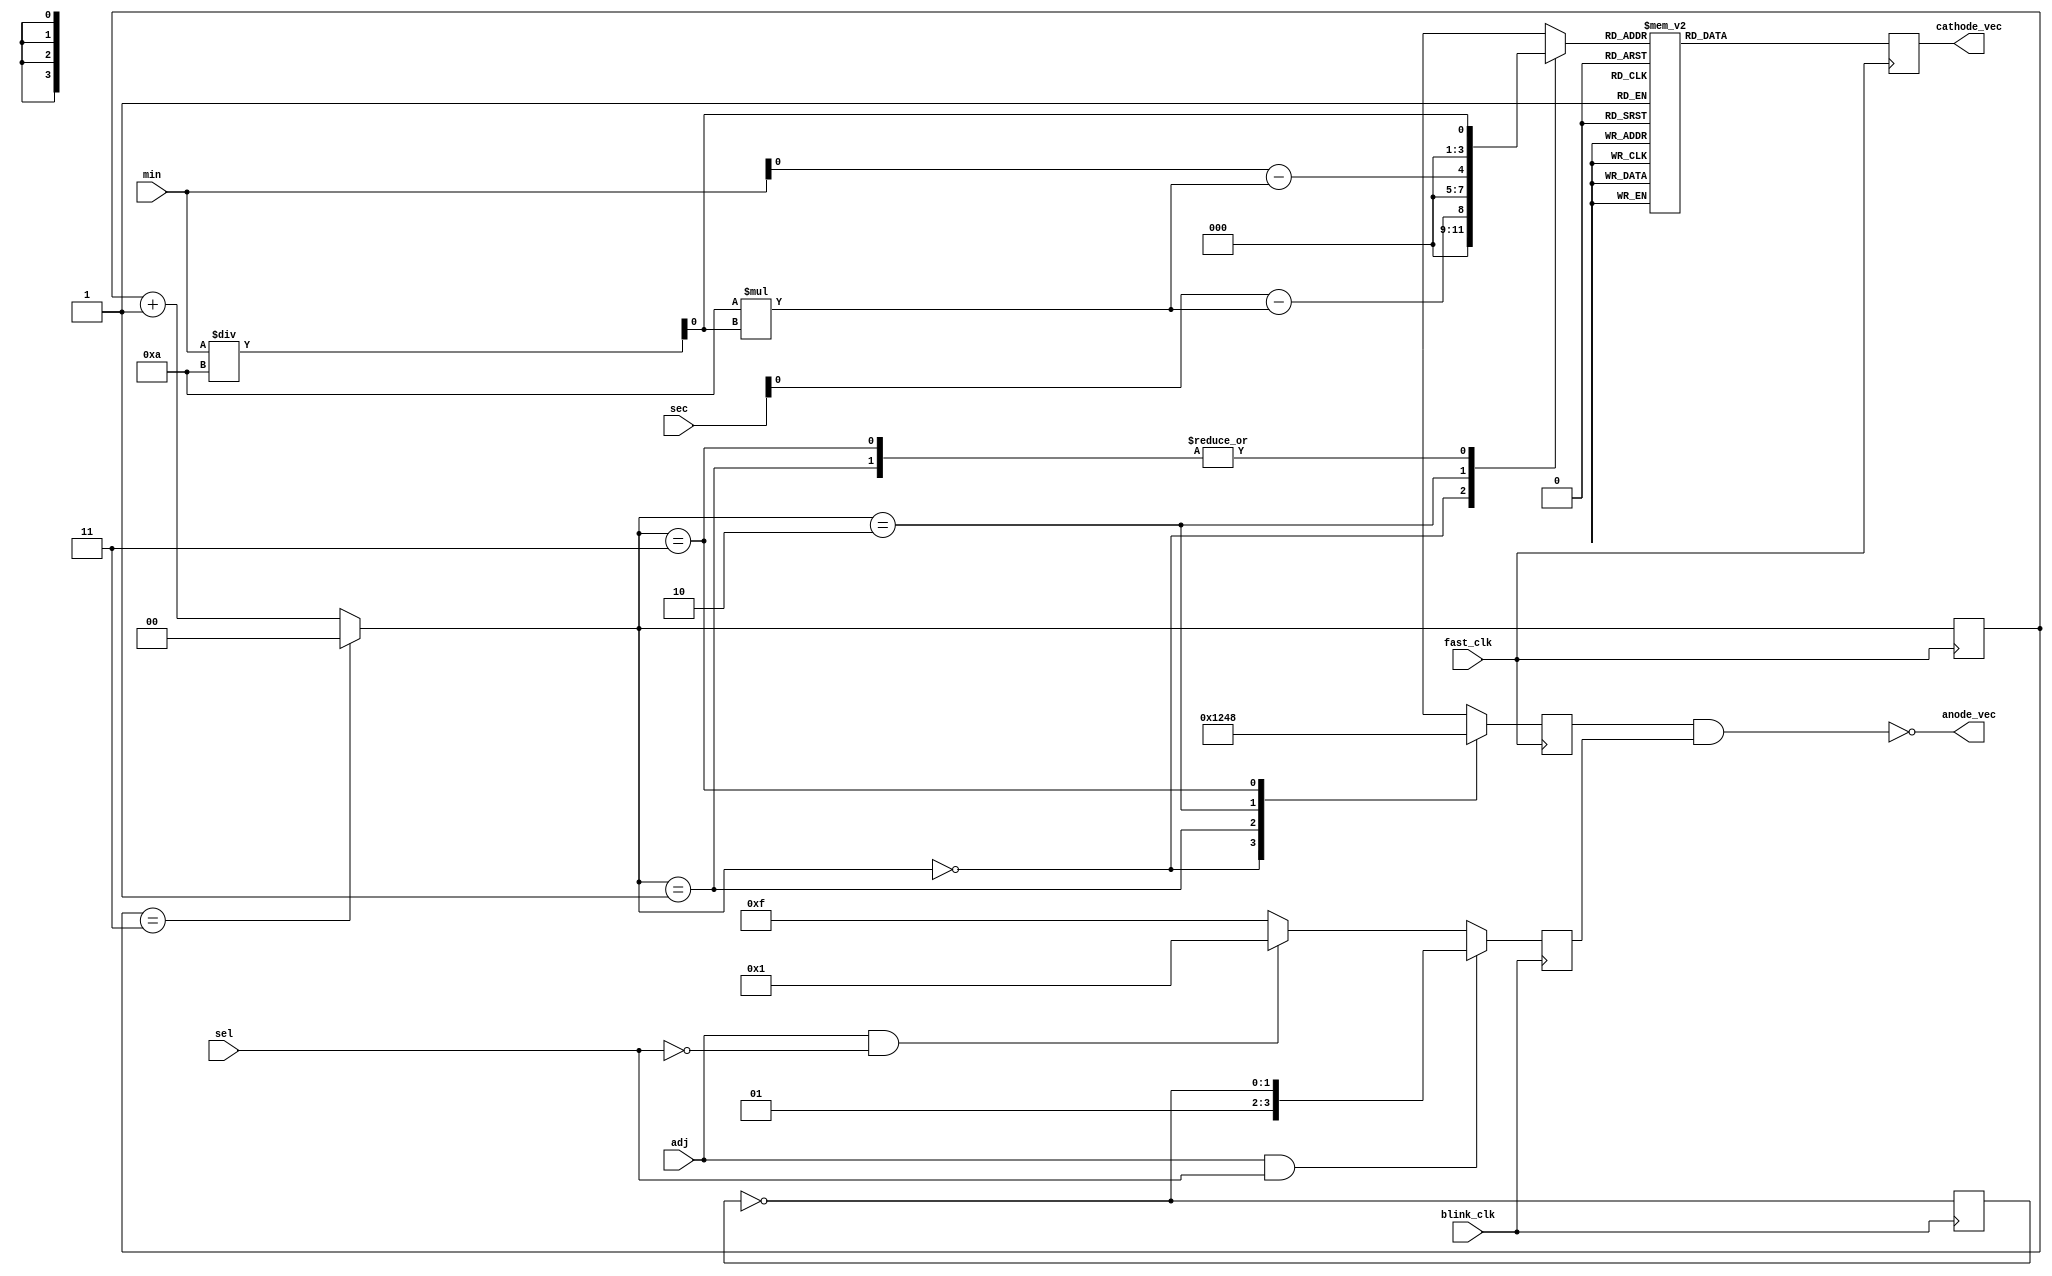
module display(
//Inputs
min, sec, fast_clk, blink_clk, sel, adj,
//Outputs
anode_vec, cathode_vec
    );
	 
input [5:0] min;
input [5:0] sec;
input fast_clk;
input blink_clk;
input sel;
input adj;

//anode_vec of form: [ AN3 AN2 AN1 AN0 ]
output [3:0] anode_vec;
//cathode_vec of form: [ CA CB CC CD CE CF CG ]
output reg[6:0] cathode_vec;
wire [3:0] digits;
//Integer division truncates, so this works to extract the 1s digit
assign digits[3] = min/10;
assign digits[1] = min/10;
//Because modulo does not work on this board, we implement it ourselves
assign digits[2] = min - (10*digits[3]);
assign digits[0] = sec - (10*digits[1]);
reg [1:0] switch_signal;
reg[3:0] curr_dig;
reg [3:0] anode_vec_temp;
always @ (posedge fast_clk) begin
    if(switch_signal == 2'b11) begin
        switch_signal = 2'b00;
    end
    else begin
        switch_signal = switch_signal + 1;
    end
    case(switch_signal)
        0: begin
            curr_dig = digits[0];
            anode_vec_temp = 4'b0001;
        end
        1: begin
            curr_dig = digits[1];
            anode_vec_temp = 4'b0010;
        end
        2:  begin
            curr_dig = digits[2];
            anode_vec_temp = 4'b0100;
        end
        3: begin
            curr_dig = digits[3];
            anode_vec_temp = 4'b1000;
        end
    endcase
    case(curr_dig)
        0: cathode_vec = 7'b0000001; //
        1: cathode_vec = 7'b1001111;
        2: cathode_vec = 7'b0010010; //
        3: cathode_vec = 7'b0000110; //
        4: cathode_vec = 7'b1001100; //
        5: cathode_vec = 7'b0100100; //
        6: cathode_vec = 7'b0100000; //
        7: cathode_vec = 7'b0001111; //
        8: cathode_vec = 7'b0000000; //
        9: cathode_vec = 7'b0001100; //
        default: cathode_vec = 7'b1001000;
    endcase
end
reg [1:0] highlow;
reg [3:0] mask;
always @ (posedge blink_clk) begin
    highlow = ~highlow;
    //If adjusting seconds, make the seconds anodes blink
    if(adj && sel) begin
        mask[3:0] = {1, 1, highlow};
    end
    //If adjusting minutes, make the minutes anodes blink
    else if (adj && !sel) begin
        mask = {highlow, 1, 1};
    end
    else begin
        mask = 4'b1111;
    end
end
assign anode_vec = ~(anode_vec_temp & mask);
endmodule